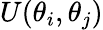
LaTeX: U(\theta_{i},\theta_{j})